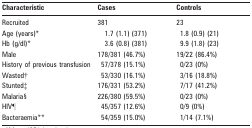
<table><thead><tr><td><b>Characteristic</b></td><td><b>Cases</b></td><td><b>Controls</b></td></tr></thead><tbody><tr><td>Recruited</td><td>381</td><td>23</td></tr><tr><td>Age (years)*</td><td>1.7 (1.1) (371)</td><td>1.8 (0.9) (21)</td></tr><tr><td>Hb (g/dl)*</td><td>3.6 (0.8) (381)</td><td>9.9 (1.8) (23)</td></tr><tr><td>Male</td><td>178/381 (46.7%)</td><td>19/22 (86.4%)</td></tr><tr><td>History of previous transfusion</td><td>57/378 (15.1%)</td><td>0/23 (0%)</td></tr><tr><td>Wasted†</td><td>53/330 (16.1%)</td><td>3/16 (18.8%)</td></tr><tr><td>Stunted‡</td><td>176/331 (53.2%)</td><td>7/17 (41.2%)</td></tr><tr><td>Malaria§</td><td>226/380 (59.5%)</td><td>0/23 (0%)</td></tr><tr><td>HIV¶</td><td>45/357 (12.6%)</td><td>0/9 (0%)</td></tr><tr><td>Bacteraemia**</td><td>54/359 (15.0%)</td><td>1/14 (7.1%)</td></tr></tbody></table>